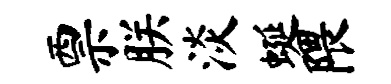
票朕淡蜒隈